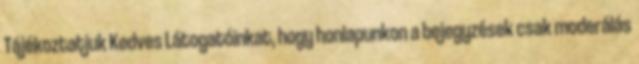
Tájékoztatjuk Kedves Látogatóinkat, hogy honlapunkon a bejegyzések csak moderálás